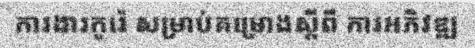
ការងារកូរ៉េ សម្រាប់គម្រោងស្តីពី ការអភិវឌ្ឍ